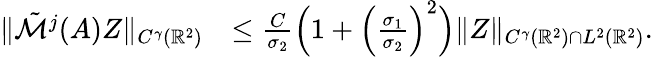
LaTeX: \begin{array}{rl}{\| \tilde{\mathcal{M}}^{j}(A)Z\| _{C^{\gamma}(\mathbb{R}^{2})}}&{\leq\frac{C}{\sigma_{2}}\Big(1+\Big(\frac{\sigma_{1}}{\sigma_{2}}\Big)^{2}\Big)\| Z\| _{C^{\gamma}(\mathbb{R}^{2})\cap L^{2}(\mathbb{R}^{2})}.}\end{array}